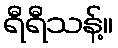
ရီရီသန့်။